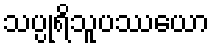
သပ္ပုရိသူပဿယော